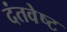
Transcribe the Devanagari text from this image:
दंतवेष्ट